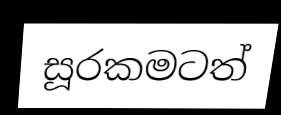
සූරකමටත්